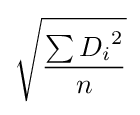
{\sqrt {\frac {\sum {D_{i}}^{2}}{n}}}